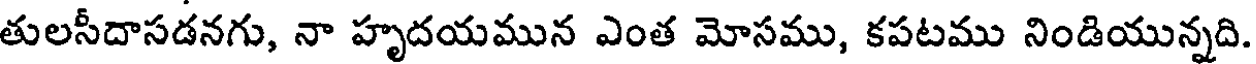
తులసీదాసడనగు, నా హృదయమున ఎంత మోసము, కపటము నిండియున్నది